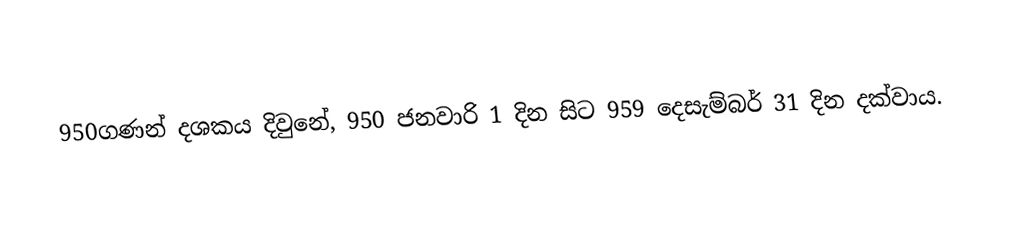
950ගණන් දශකය දිවුනේ, 950 ජනවාරි 1 දින සිට 959 දෙසැම්බර් 31 දින දක්වාය.